Plague in India, 1896, 1897 - Volume 3
Year: 1896
Disease focus: Plague
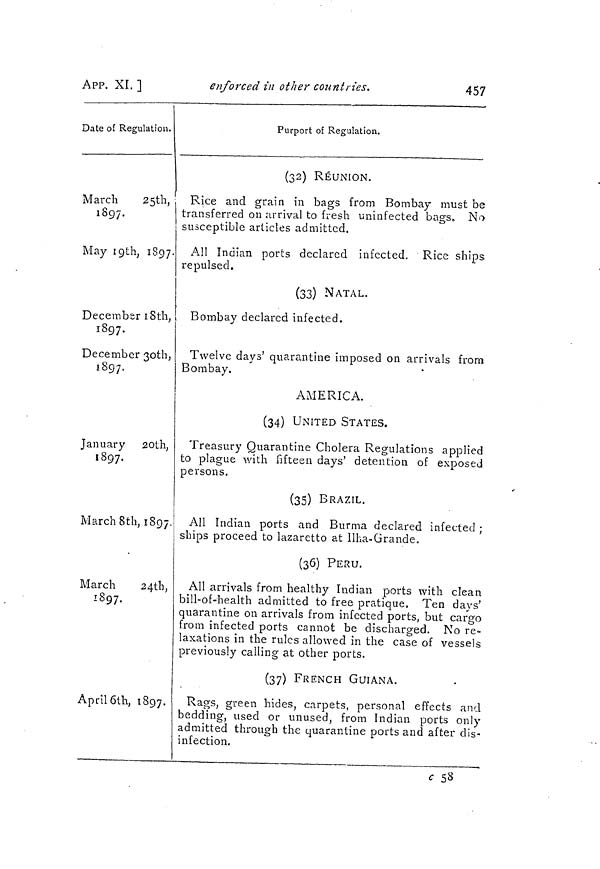
457
APP. XI. ]
enforced in other countries.
Date of Regulation.
March
25th,
1897.
May 19th, 1897.
December 18th,
1897.
December 3oth,
1897.
January 20th,
1897.
March 8th, 1897.
March
24th,
1897.
April 6th, 1897.
Purport of Regulation.
(32) RÉUNION.
Rice and grain in bags from Bombay must be
transferred on arrival to fresh uninfected bags. No
susceptible articles admitted.
All Indian ports declared infected. Rice ships
repulsed.
(33) NATAL.
Bombay declared infected.
Twelve days' quarantine imposed on arrivals from
Bombay.
AMERICA.
(34) UNITED STATES.
Treasury Quarantine Cholera Regulations applied
to plague with fifteen days' detention of exposed
persons.
(35) BRAZIL.
All Indian ports and Burma declared infected ;
ships proceed to lazaretto at Ilha-Grande.
(36) PERU.
All arrivals from healthy Indian ports with clean
bill-of-health admitted to free pratique. Ten days'
quarantine on arrivals from infected ports, but cargo
from infected ports cannot be discharged. No re-
laxations in the rules allowed in the case of vessels
previously calling at other ports.
(37) FRENCH GUIANA.
Rags, green hides, carpets, personal effects and
bedding, used or unused, from Indian ports only
admitted through the quarantine ports and after dis-
infection.